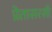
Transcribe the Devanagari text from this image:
प्रेतासरसी